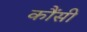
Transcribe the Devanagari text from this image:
कौंसी